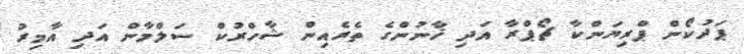
ޕަދުކޯން ޕްރިޔަންކާ ޗޯޕްރާ އަދި ޚާނުންގެ ތެރެއިން ޝާހްރުކް ސަލްމާން އަދި އާމިރު